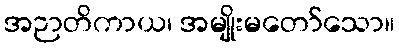
အဉာတိကာယ၊ အမျိုးမတော်သော။